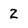
Character: 2